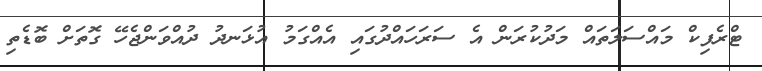
ޓްރެފިކް މައްސަލަތައް މަދުކުރަން އެ ސަރަހައްދުގައި އެއްގަމު އުޅަނދު ދުއްވަންޖެހޭ ގޮތަށް ބޮޑެތި